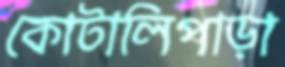
কোটালিপাড়া